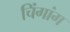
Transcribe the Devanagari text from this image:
चिंगांग